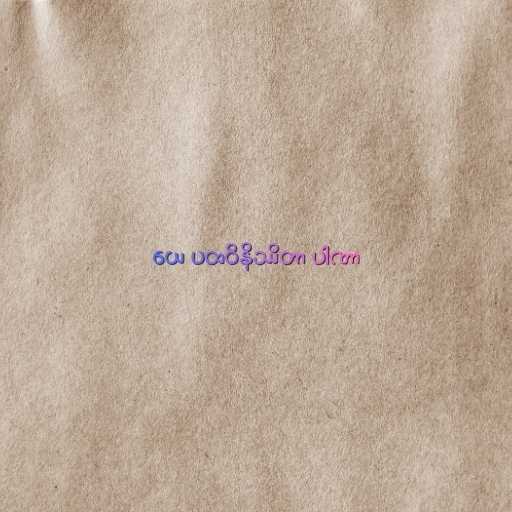
ယေ ပထဝိနိဿိတာ ပါဏာ